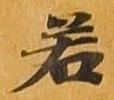
若